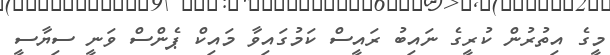
މީގެ އިތުރުން ކުރީގެ ނައިބު ރައީސް ކަމުގައިވާ މައިކް ޕެންސް ވަނީ ސިޔާސީ